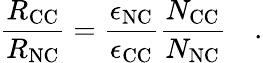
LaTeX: \frac{R_{\mathrm{CC}}}{R_{\mathrm{NC}}}=\frac{\epsilon_{\mathrm{NC}}}{\epsilon_{\mathrm{CC}}}\frac{N_{\mathrm{CC}}}{N_{\mathrm{NC}}}\quad.